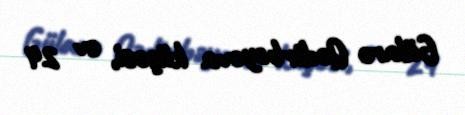
Gülarə Qədirbəyova küçəsi, ev 24